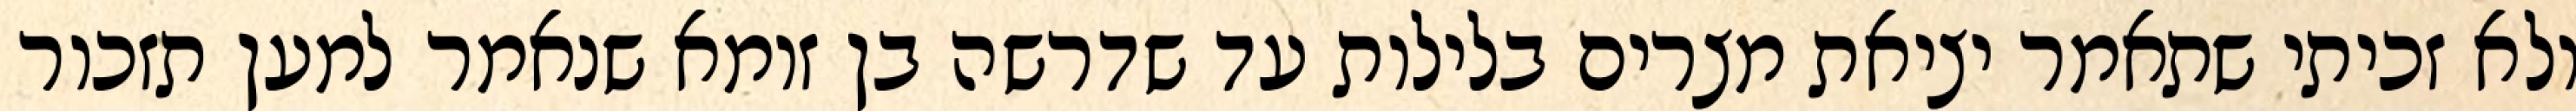
ולא זכיתי שתאמר יציאת מצרים בלילות עד שדרשה בן זומא שנאמר למען תזכור